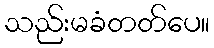
သည်းမခံတတ်ပေ။